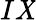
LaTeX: I\mathit{X}